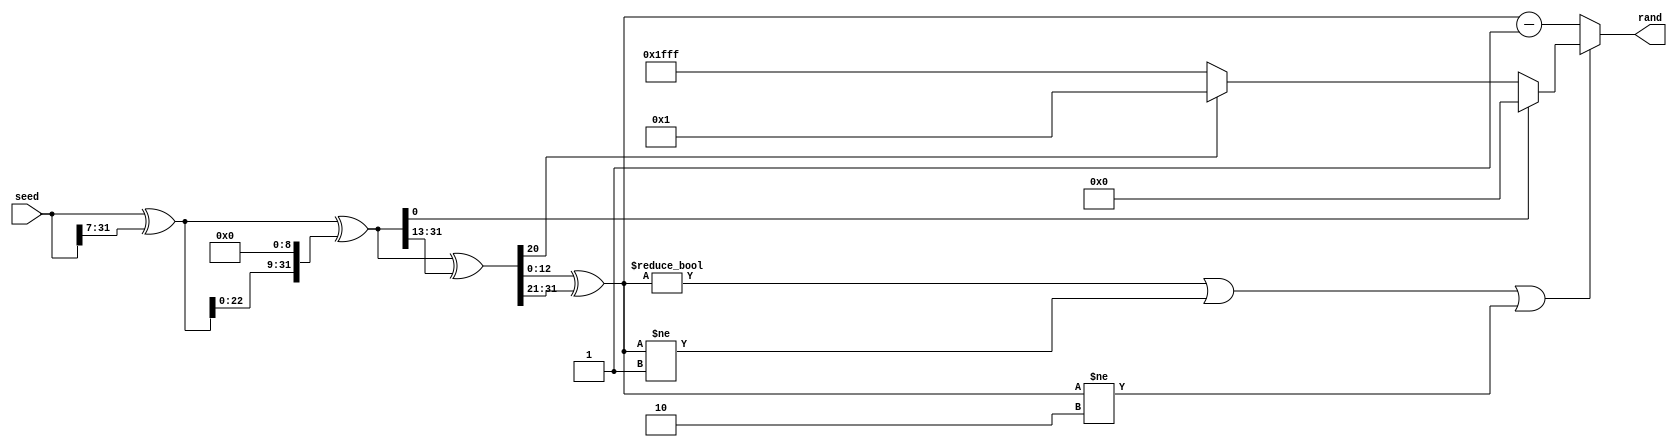
`timescale 1ns / 1ps
//////////////////////////////////////////////////////////////////////////////////
// Company: 
// Engineer: 
// 
// Design Name: 
// Module Name: RandomNgts
// Project Name: 
// Target Devices: 
// Tool Versions: 
// Description: 
// 
// Dependencies: 
// 
// Revision:
// Revision 0.01 - File Created
// Additional Comments:
// 
//////////////////////////////////////////////////////////////////////////////////


module RandomNgts(
    input [31:0]seed,
     output [12:0]rand       
     );

 //xorshift algorithm
     wire [31:0] temp = seed ^ seed >> 7;
     wire [31:0] temp2 = temp ^ temp << 9;
     wire [31:0] temp3 = temp2 ^ temp2 >>13;
     wire [31:0] temp4 = temp3 ^ temp3 >>21;
     wire [12:0] rand_out = temp4;
     
     assign rand=(rand_out!=13'd0 || rand_out!=13'd1 || rand_out!=13'd2) ? (temp2[0]) ? 13'd0:(temp3[20]) ? 13'd1:-13'd1:(rand_out-12'b01);
     
// always @* begin    
//     if (temp4 == 2'd3) begin
//          rand<= 2'b01;
//     end
//     else begin 
//         rand <= (temp4-2'b01);
//     end
//end    
endmodule